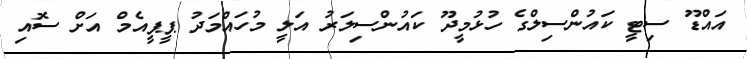
އައްޑޫ ސިޓީ ކައުންސިލްގެ ހުޅުމީދޫ ކައުންސިލަރު އަލީ މުހައްމަދު ޕީޕީއެމް އަށް ސޮއި